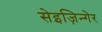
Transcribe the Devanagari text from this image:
सेइज़िन्गेर